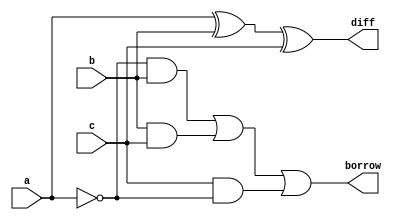
module full_subtractor ( a ,b ,c ,diff ,borrow );

output diff ;
output borrow ;

input a ;
input b ;
input c ;

assign diff = a ^ b ^ c;
assign borrow = ((~a) & b) | (b & c) | (c & (~a));

endmodule